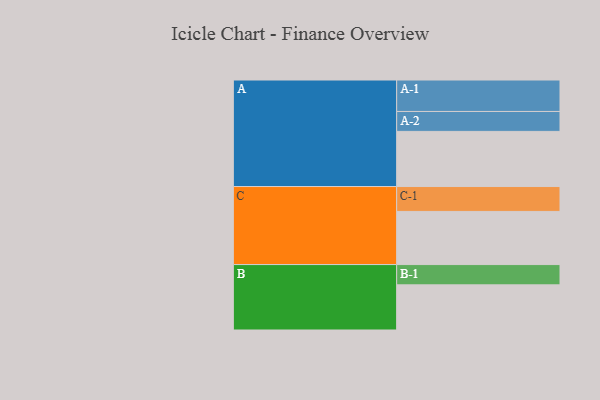
{"axis": {"x": "Segment", "y": "Value"}, "legend": ["", "A", "B", "C"], "data": [{"x": "A", "y": 503, "type": ""}, {"x": "B", "y": 412, "type": ""}, {"x": "C", "y": 485, "type": ""}, {"x": "A-1", "y": 287, "type": "A"}, {"x": "A-2", "y": 182, "type": "A"}, {"x": "B-1", "y": 185, "type": "B"}, {"x": "C-1", "y": 227, "type": "C"}]}